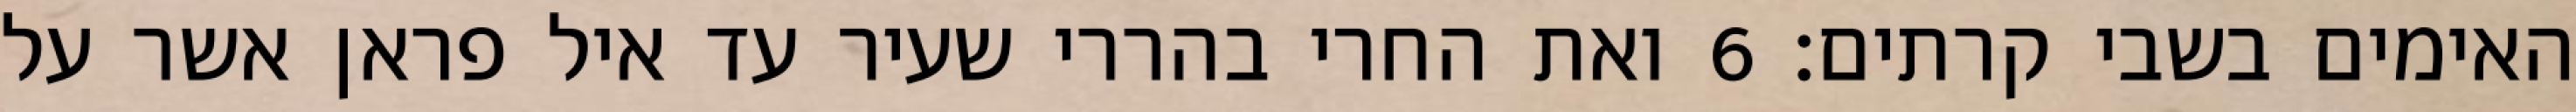
האימים בשבי קרתים׃ ‎6‏ ואת החרי בהררי שעיר עד איל פראן אשר על